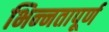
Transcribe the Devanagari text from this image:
भिन्‍नतापूर्ण